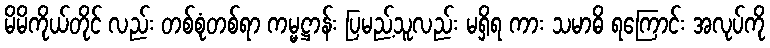
မိမိကိုယ်တိုင် လည်း တစ်စုံတစ်ရာ ကမ္မဋ္ဌာန်း ပြမည့်သူလည်း မရှိရ ကား သမာဓိ ရကြောင်း အလုပ်ကို